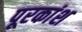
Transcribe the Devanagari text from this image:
पूरकांश